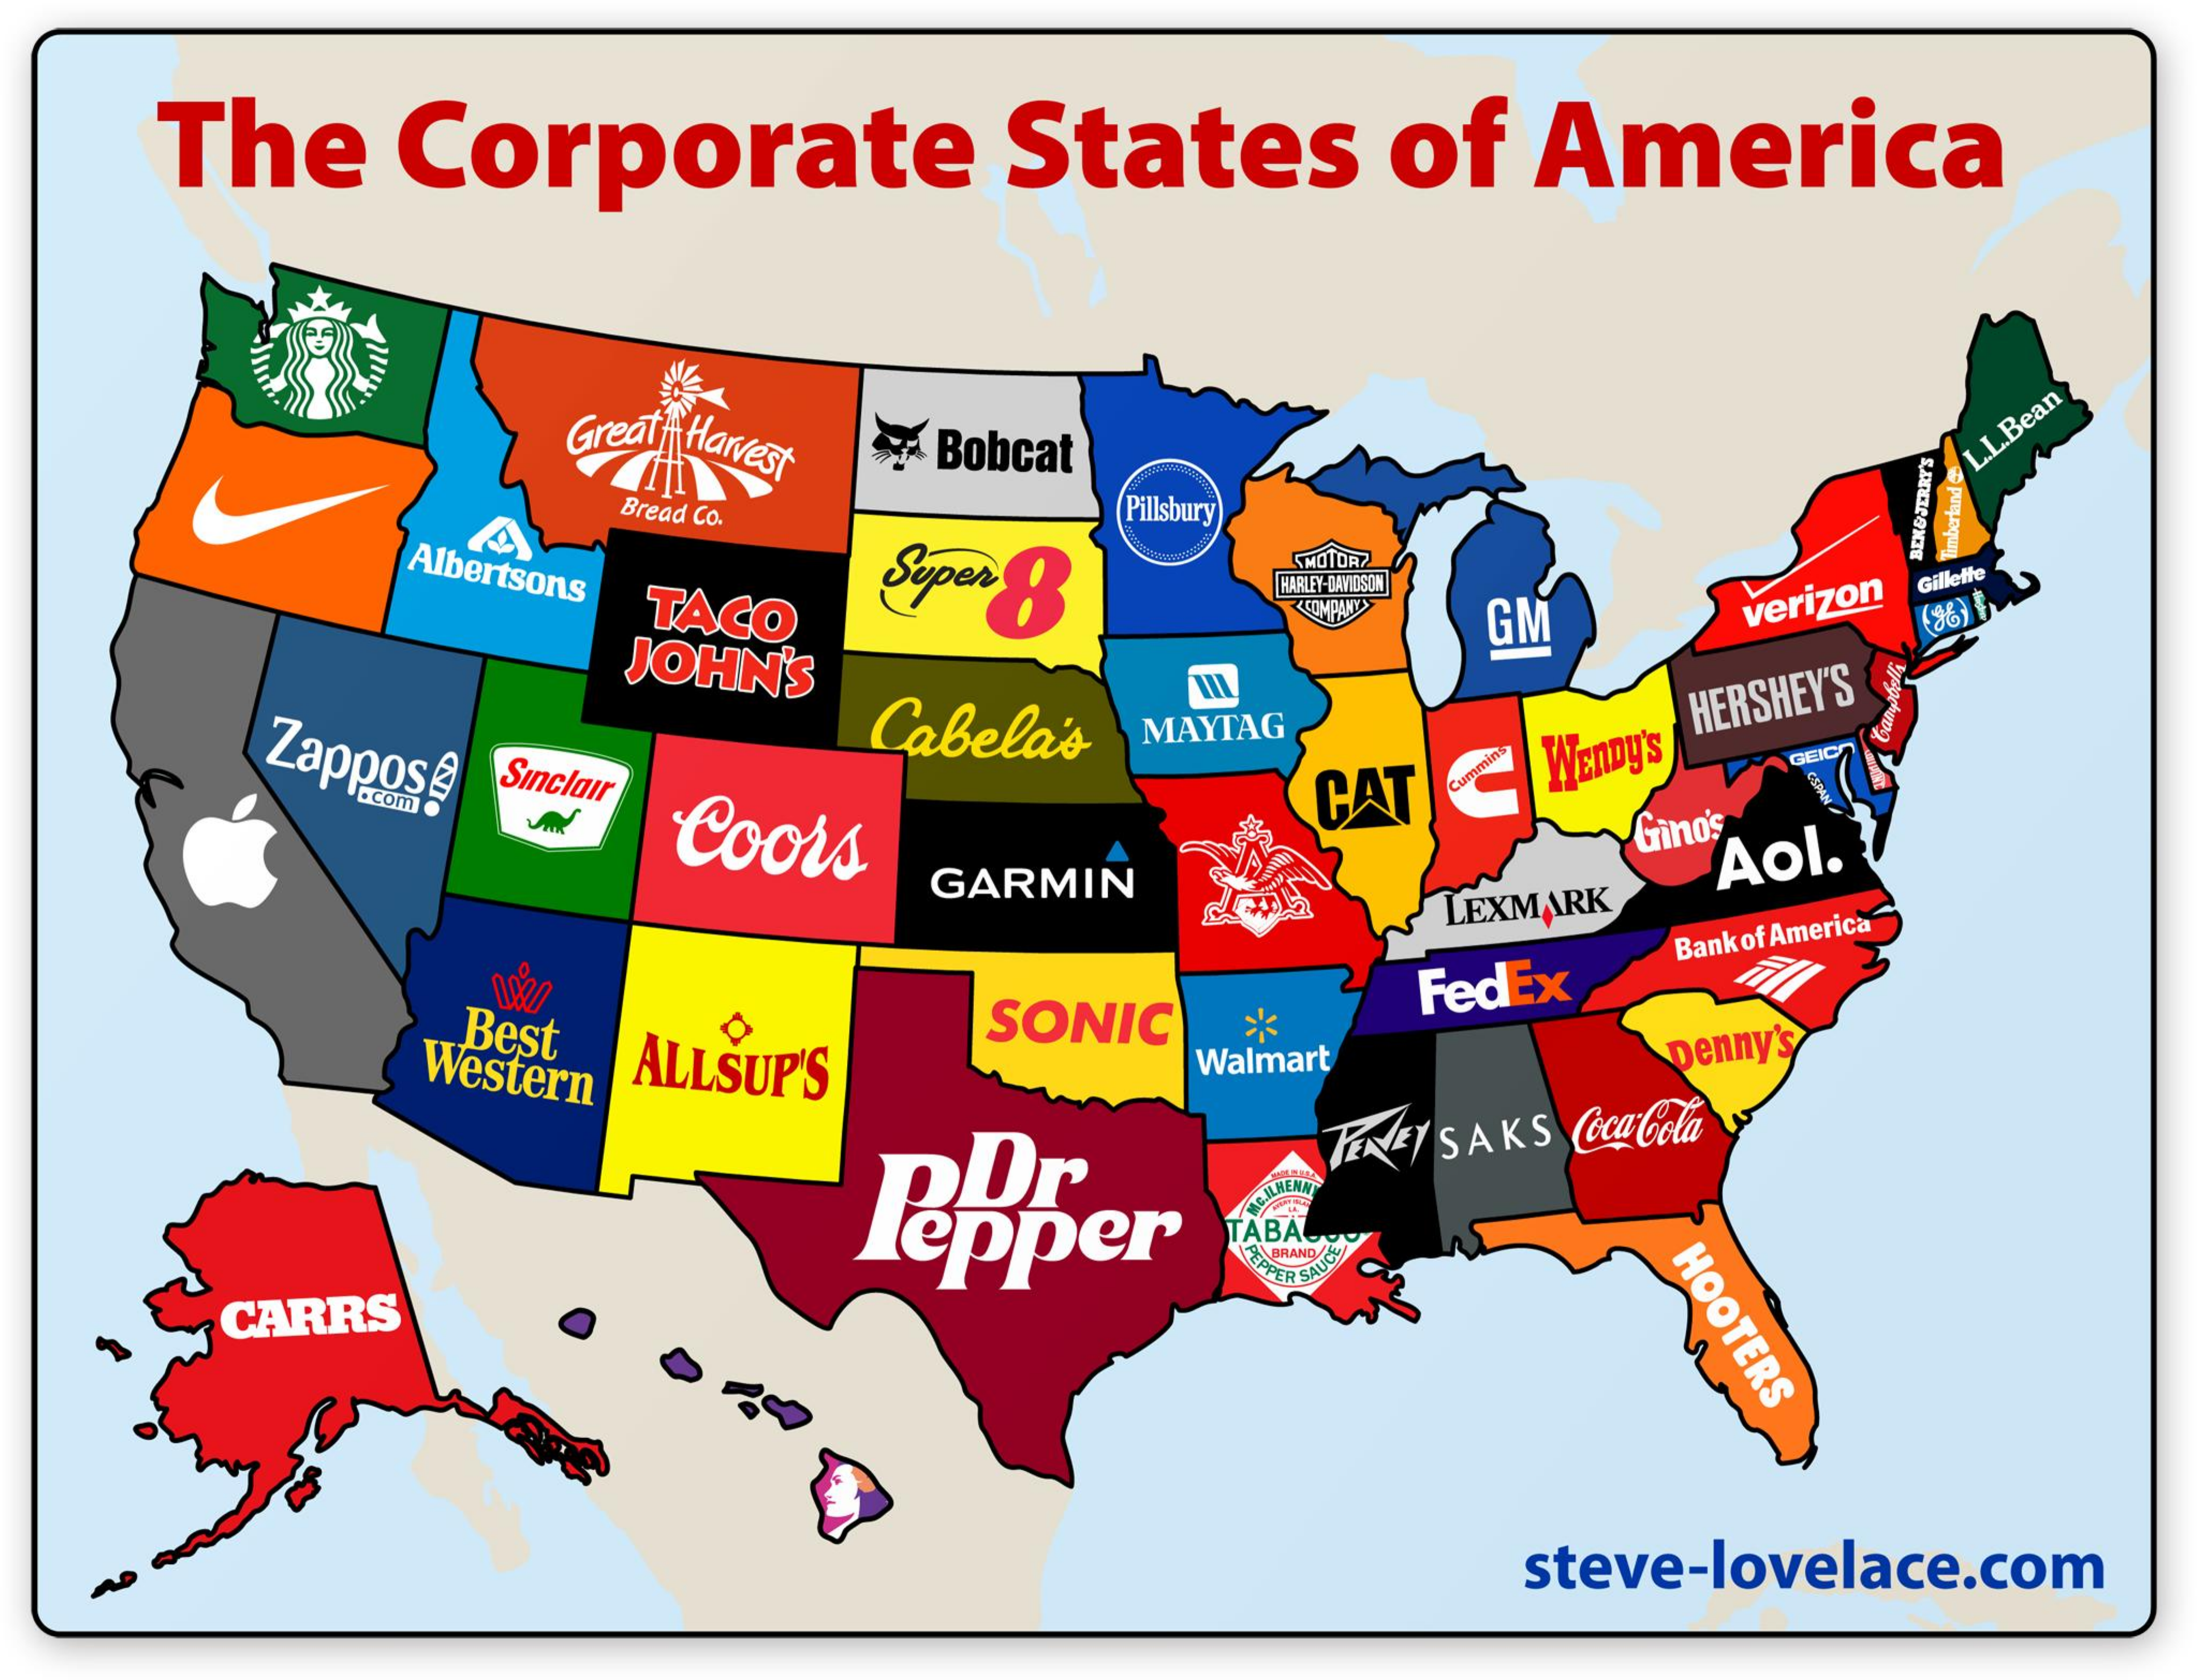
The Corporate States of America
     Great Harvest Bobcat L.L.Bean
     Bread Co. Pillsbury
     Albertsons
     timberland BEN&JERRY'S
     TACO
     HARLEY-DAVIDSON
     &COMPANY
     Gillette
     JOHN'S
     GM  verizon
    Zappos@  Cabela's
     Sinclair
     MAYTAG
     Coors    CAT < WEnDy'S
     HERSHEY'S
     GEIC
     GARMIN
     Gino's Aol.
     LEXMARK
     FedEx
     Bank of America
     Best
     Western ALLSUP'S
     SONIC *
     Walmart Denny's
     pDr epper
     FENEY SAKS Coca Cola
     ACHHENN
     TABA
     PEPPER SAUCE
     C
     HOOTERS CARRS
     steve-lovelace.com